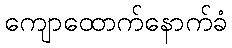
ကျောထောက်နောက်ခံ